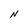
Character: N